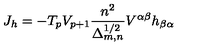
J _ { h } = - T _ { p } V _ { p + 1 } \frac { n ^ { 2 } } { \Delta _ { m , n } ^ { 1 / 2 } } V ^ { \alpha \beta } h _ { \beta \alpha }